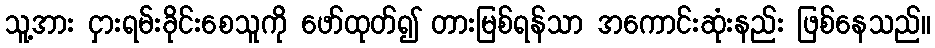
သူ့အား ငှားရမ်းခိုင်းစေသူကို ဖော်ထုတ်၍ တားမြစ်ရန်သာ အကောင်းဆုံးနည်း ဖြစ်နေသည်။